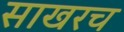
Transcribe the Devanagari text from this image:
साखरच